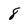
Character: 8